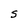
Character: S